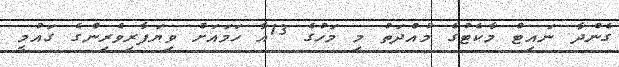
ގެންދާ ނައިޓް މާކެޓުގެ މުއްދަތު މި މަހުގެ 13އާ ހަމައަށް ވިޔަފާރިވެރިންގެ ގައުމީ